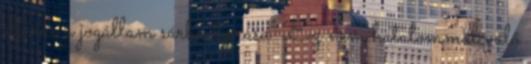
eljárás a jogállam sárba tiprása" "Ez nem hatalommal való